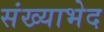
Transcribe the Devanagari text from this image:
संख्याभेद